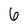
Character: 6